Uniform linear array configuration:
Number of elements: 24
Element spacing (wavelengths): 1
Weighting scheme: hann
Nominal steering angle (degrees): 0
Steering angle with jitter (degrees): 1.767
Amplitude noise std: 0.05
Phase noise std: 0.05

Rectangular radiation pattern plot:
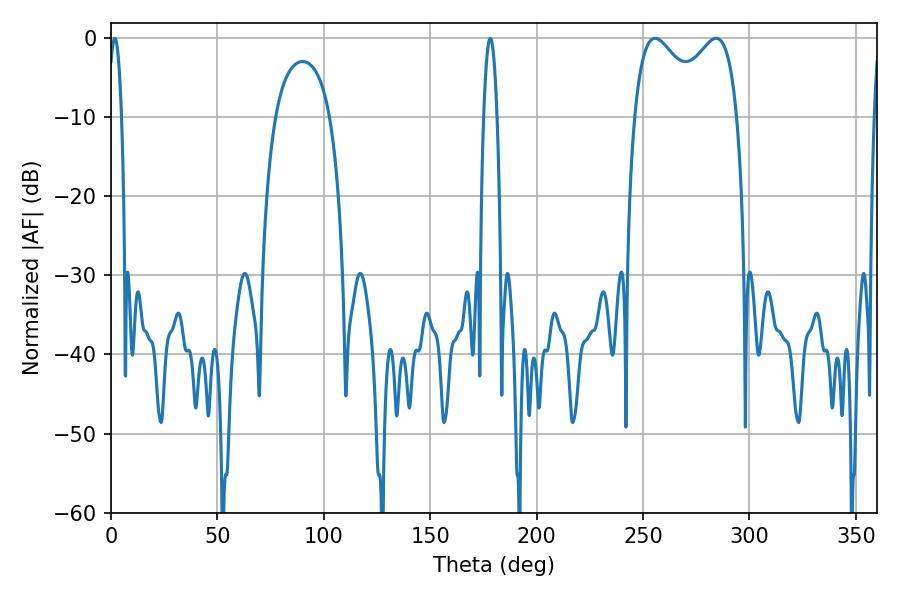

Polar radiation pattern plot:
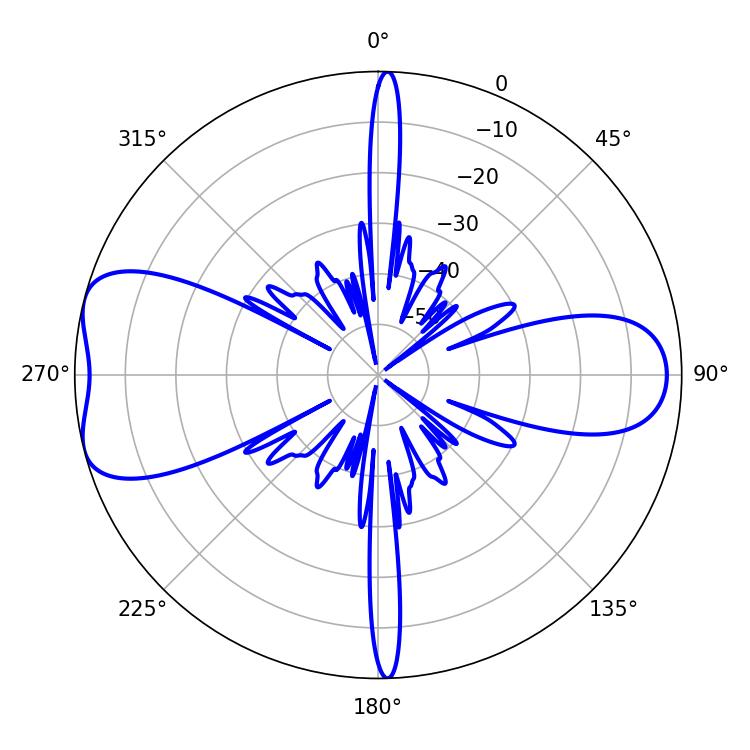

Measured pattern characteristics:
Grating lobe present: TRUE
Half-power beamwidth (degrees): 3.42
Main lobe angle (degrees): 1.8